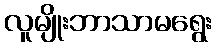
လူမျိုးဘာသာမရွေး